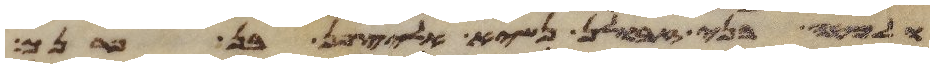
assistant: ולמטה בני זבולן נשיא אליצפן בן